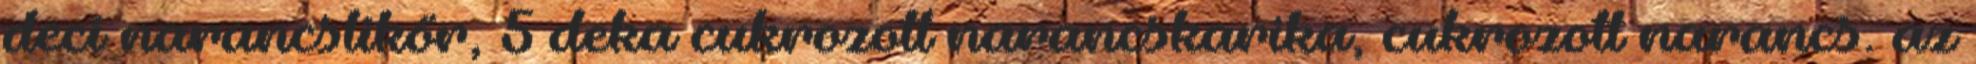
deci narancslikőr, 5 deka cukrozott narancskarika, cukrozott narancs. az